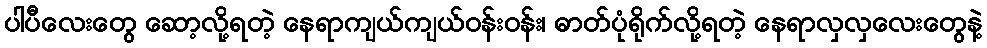
ပါပီလေးတွေ ဆော့လို့ရတဲ့ နေရာကျယ်ကျယ်ဝန်းဝန်း၊ ဓာတ်ပုံရိုက်လို့ရတဲ့ နေရာလှလှလေးတွေနဲ့